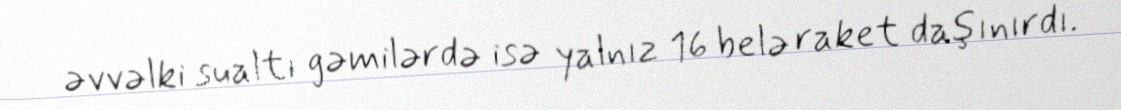
əvvəlki sualtı gəmilərdə isə yalnız 16 belə raket daşınırdı.